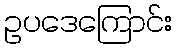
ဥပဒေကြောင်း